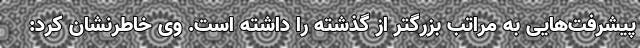
پیشرفت‌هایی به مراتب بزرگتر از گذشته را داشته‌ است. وی خاطرنشان کرد: